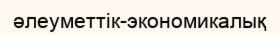
әлеуметтік-экономикалық